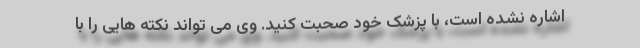
اشاره نشده است، با پزشک خود صحبت کنید. وی می تواند نکته هایی را با